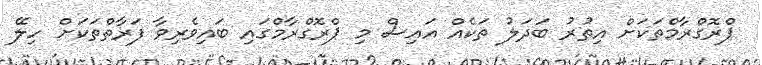
ޕްރޮގްރާމްތަކަށް އިތުރު ބަދަލު ތަކެއް އައިސް މި ޕްރޮގްރާމްގައި ބައިވެރިވާ ފަރާތްތަކަށް ހިލޭ